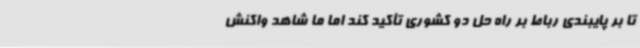
تا بر پایبندی رباط بر راه حل دو کشوری تأکید کند اما ما شاهد واکنش